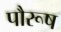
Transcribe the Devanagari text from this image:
पौरूष